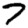
Digit: 7